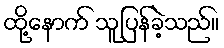
ထို့နောက် သူပြန်ခဲ့သည်။